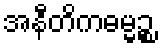
အနီတိကဓမ္မဉ္စ